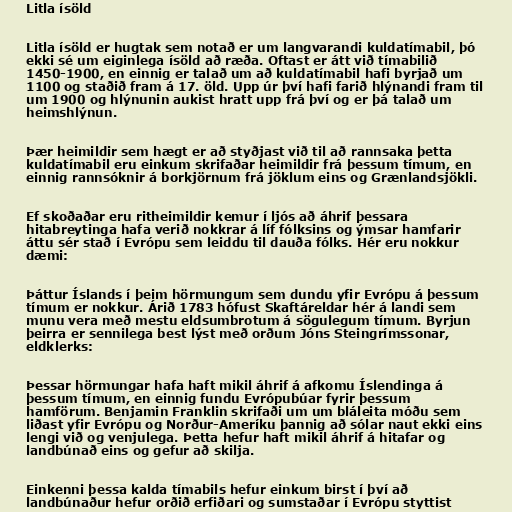
Litla ísöld

Litla ísöld er hugtak sem notað er um langvarandi kuldatímabil, þó
ekki sé um eiginlega ísöld að ræða. Oftast er átt við tímabilið
1450-1900, en einnig er talað um að kuldatímabil hafi byrjað um
1100 og staðið fram á 17. öld. Upp úr því hafi farið hlýnandi fram til
um 1900 og hlýnunin aukist hratt upp frá því og er þá talað um
heimshlýnun.

Þær heimildir sem hægt er að styðjast við til að rannsaka þetta
kuldatímabil eru einkum skrifaðar heimildir frá þessum tímum, en
einnig rannsóknir á borkjörnum frá jöklum eins og Grænlandsjökli.

Ef skoðaðar eru ritheimildir kemur í ljós að áhrif þessara
hitabreytinga hafa verið nokkrar á líf fólksins og ýmsar hamfarir
áttu sér stað í Evrópu sem leiddu til dauða fólks. Hér eru nokkur
dæmi:

Þáttur Íslands í þeim hörmungum sem dundu yfir Evrópu á þessum
tímum er nokkur. Árið 1783 hófust Skaftáreldar hér á landi sem
munu vera með mestu eldsumbrotum á sögulegum tímum. Byrjun
þeirra er sennilega best lýst með orðum Jóns Steingrímssonar,
eldklerks:

Þessar hörmungar hafa haft mikil áhrif á afkomu Íslendinga á
þessum tímum, en einnig fundu Evrópubúar fyrir þessum
hamförum. Benjamin Franklin skrifaði um um bláleita móðu sem
liðast yfir Evrópu og Norður-Ameríku þannig að sólar naut ekki eins
lengi við og venjulega. Þetta hefur haft mikil áhrif á hitafar og
landbúnað eins og gefur að skilja.

Einkenni þessa kalda tímabils hefur einkum birst í því að
landbúnaður hefur orðið erfiðari og sumstaðar í Evrópu styttist